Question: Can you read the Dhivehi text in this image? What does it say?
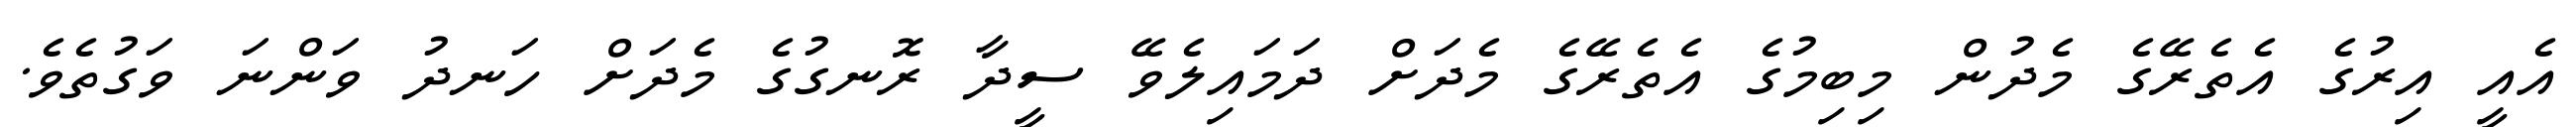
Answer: އެއީ އިރުގެ އެތެރޭގެ މެދުން މިބިމުގެ އެތެރޭގެ މެދަށް ދަމައިލެވޭ ސީދާ ރޮނގުގެ މެދަށް ހަނދު ވަންނަ ވަގުތެވެ.